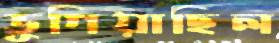
ভুগিয়াছিল